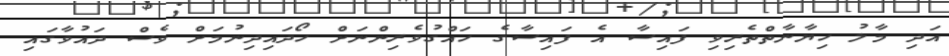
އަދި މާލު ހިޔާނާތްތެރިވި ފައިސާ އެ ފައިސާގެ ހައްގުވެރިިންނަށް ހޯދައިދިނުމަށް ވެސް ދައުވާގައި